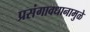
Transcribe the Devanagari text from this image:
प्रसंगावधानामुळे